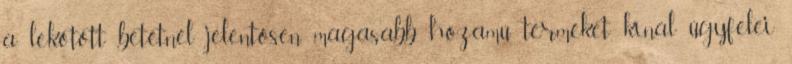
a lekötött betétnél jelentősen magasabb hozamú terméket kínál ügyfelei